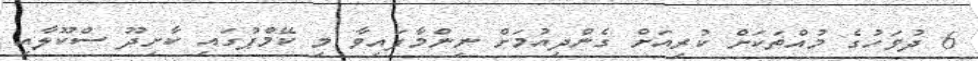
6 ދުވަހުގެ މުއްތަކަށް ކުރިއަށް ގެންދިއުމަށް ނިންމާފައިވާ މި ކޭމްޕުގައި ކާށިދޫ ސްކޫލާއި